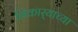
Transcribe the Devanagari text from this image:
भिकार्‍याच्या